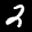
Label: 2